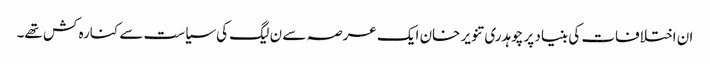
ان اختلافات کی بنیاد پر چوہدری تنویر خان ایک عرصہ سے ن لیگ کی سیاست سے کنارہ کش تھے۔